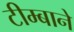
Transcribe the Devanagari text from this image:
टीम्बाने